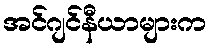
အင်ဂျင်နီယာများက